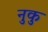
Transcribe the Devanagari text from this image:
नुकु